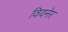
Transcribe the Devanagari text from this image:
वियनेर